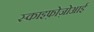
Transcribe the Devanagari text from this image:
स्काइफ़ोज़ोआई